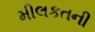
મીલકતની